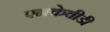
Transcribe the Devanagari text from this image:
एनकेवीडी